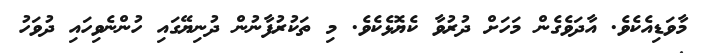
މާވަޑިއެކެވެ. އާދަވެގެން މަހަށް ދުރުވާ ކެޔޮޅެކެވެ. މި ތަކުރުފާނުން ދުނިޔޭގައި ހުންނެވިހައި ދުވަހު